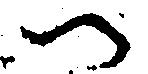
へ